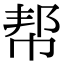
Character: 帮